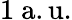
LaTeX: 1\ \mathrm{a.u.}